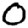
Digit: 0